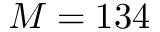
M = 1 3 4